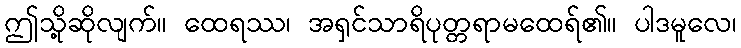
ဤသို့ဆိုလျက်။ ထေရဿ၊ အရှင်သာရိပုတ္တရာမထေရ်၏။ ပါဒမူလေ၊